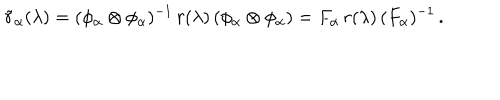
\tilde { r } _ { \alpha } ( \lambda ) = ( \phi _ { \alpha } \otimes \phi _ { \alpha } ) ^ { - 1 } \, r ( \lambda ) \, ( \phi _ { \alpha } \otimes \phi _ { \alpha } ) = F _ { \alpha } \, r ( \lambda ) \, ( F _ { \alpha } ) ^ { - 1 } \, .